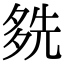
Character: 𡖬